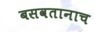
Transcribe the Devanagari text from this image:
बसवतानाच